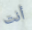
أنت